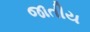
જાતીય